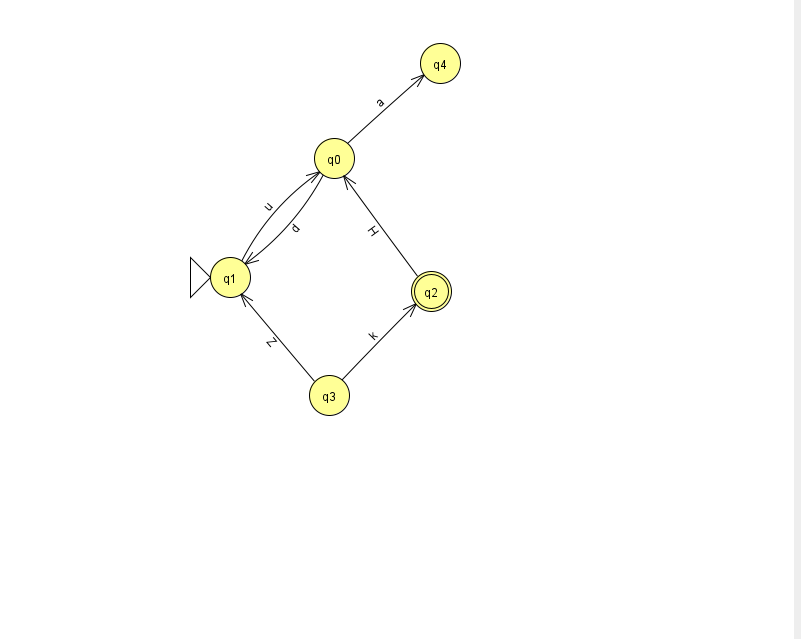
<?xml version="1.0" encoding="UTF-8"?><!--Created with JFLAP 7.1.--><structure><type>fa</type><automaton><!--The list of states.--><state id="0" name="q0"><x>334.0</x><y>145.0</y></state><state id="1" name="q1"><x>230.0</x><y>264.0</y><initial/></state><state id="2" name="q2"><x>431.0</x><y>278.0</y><final/></state><state id="3" name="q3"><x>329.0</x><y>382.0</y></state><state id="4" name="q4"><x>440.0</x><y>50.0</y></state><!--The list of transitions.--><transition><from>2</from><to>0</to><read>H</read></transition><transition><from>0</from><to>1</to><read>d</read></transition><transition><from>1</from><to>0</to><read>u</read></transition><transition><from>0</from><to>4</to><read>a</read></transition><transition><from>3</from><to>2</to><read>k</read></transition><transition><from>3</from><to>1</to><read>Z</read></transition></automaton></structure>